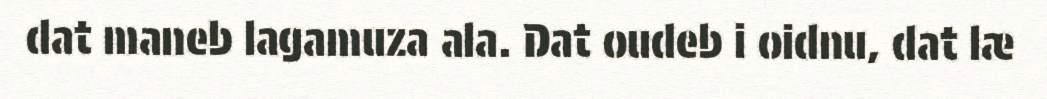
dat maneb lagamuza ala. Dat oudeb i oidnu, dat læ